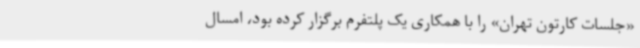
«جلسات کارتون تهران» را با همکاری یک پلتفرم برگزار کرده بود، امسال